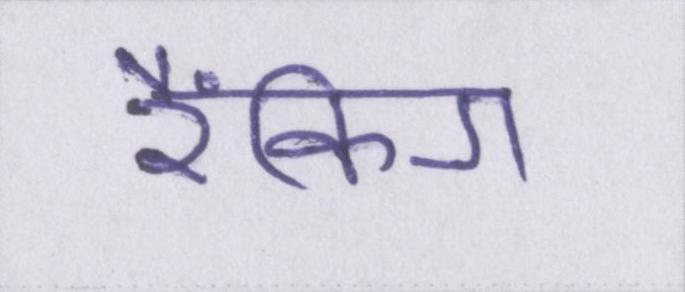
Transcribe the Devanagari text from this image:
रैंकिग